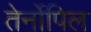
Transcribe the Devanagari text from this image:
तेर्नोपिल